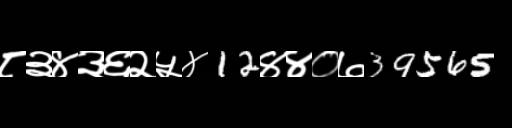
Text: ८३४३६२५४12४४०७39565